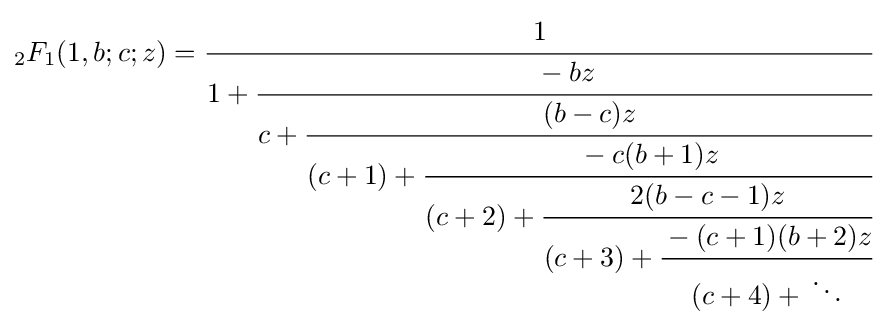
{}_{2}F_{1}(1,b;c;z)={\cfrac {1}{1+{\cfrac {-bz}{c+{\cfrac {(b-c)z}{(c+1)+{\cfrac {-c(b+1)z}{(c+2)+{\cfrac {2(b-c-1)z}{(c+3)+{\cfrac {-(c+1)(b+2)z}{(c+4)+{}\ddots }}}}}}}}}}}}